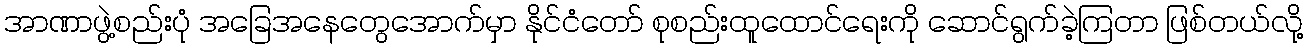
အာဏာဖွဲ့စည်းပုံ အခြေအနေတွေအောက်မှာ နိုင်ငံတော် စုစည်းထူထောင်ရေးကို ဆောင်ရွက်ခဲ့ကြတာ ဖြစ်တယ်လို့